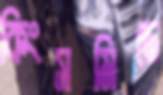
কিংসমিডে